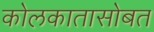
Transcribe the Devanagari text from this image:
कोलकातासोबत